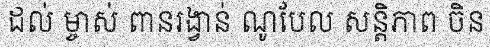
ដល់ ម្ចាស់ ពានរង្វាន់ ណូបែល សន្តិភាព ចិន